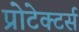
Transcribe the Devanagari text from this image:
प्रोटेक्टर्स